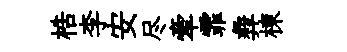
梏李安尽牽霏彜棟